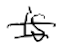
Text: is
Cross-out: double-line
Writing tool: digital_black